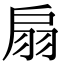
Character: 扇